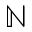
\mathbb { N }